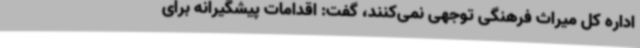
اداره کل میراث فرهنگی توجهی نمی‌کنند، گفت: اقدامات پیشگیرانه برای